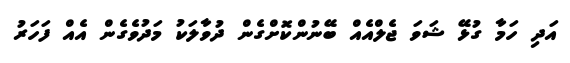
އަދި ހަމާ ގުޅޭ ޝަވަ ޖެލްއެއް ބޭނުންކޮށްގެން ދުވާލަކު މަދުވެގެން އެއް ފަހަރު